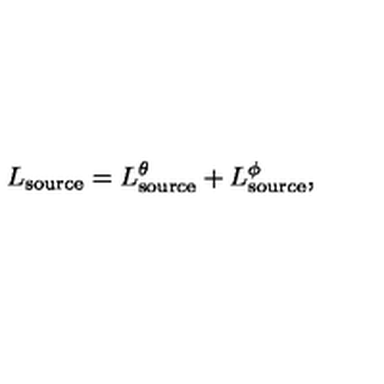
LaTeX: L _ { \mathrm { s o u r c e } } = L _ { \mathrm { s o u r c e } } ^ { \theta } + L _ { \mathrm { s o u r c e } } ^ { \phi } ,